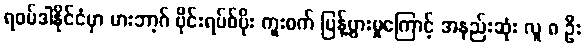
ရဝမ်ဒါနိုင်ငံမှာ မားဘာ့ဂ် ဗိုင်းရပ်စ်ပိုး ကူးစက် ပြန့်ပွားမှုကြောင့် အနည်းဆုံး လူ ၈ ဦး